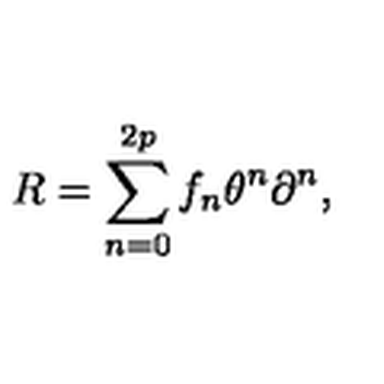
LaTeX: R = \sum _ { n = 0 } ^ { 2 p } f _ { n } \theta ^ { n } \partial ^ { n } ,